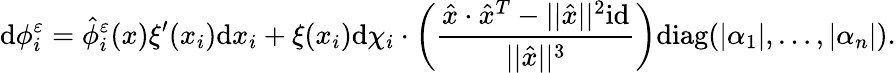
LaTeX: \mathrm{d}\phi_{i}^{\varepsilon}=\hat{\phi}_{i}^{\varepsilon}(x)\xi^{\prime}(x_{i})\mathrm{d}x_{i}+\xi(x_{i})\mathrm{d}\chi_{i}\cdot\left(\frac{\hat{x}\cdot\hat{x}^{T}-||\hat{x}||^{2}\mathrm{id}}{||\hat{x}||^{3}}\right)\mathrm{diag}(|\alpha_{1}|,\dots,|\alpha_{n}|).